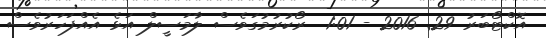
އޮކްޓޯބަރު 29